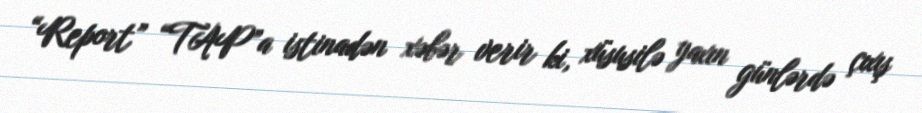
“Report” “TAP”a istinadən xəbər verir ki, xüsusilə yaxın günlərdə çıxış